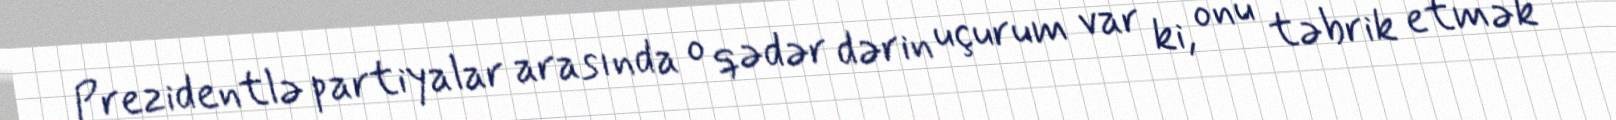
Prezidentlə partiyalar arasında o qədər dərin uçurum var ki, onu təbrik etmək